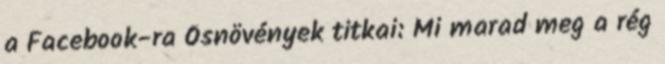
a Facebook-ra Ősnövények titkai: Mi marad meg a rég